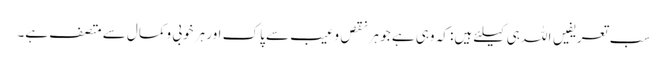
سب تعریفیں اللہ ہی کیلئے ہیں: کہ وہی ہے جو ہرنقص وعیب سے پاک اور ہر خوبی وکمال سے متصف ہے۔